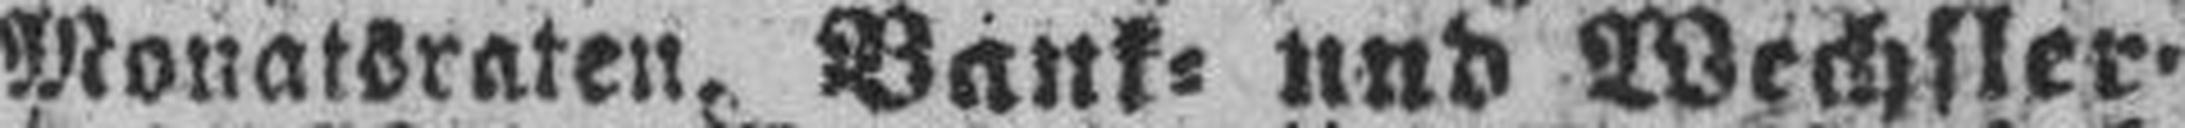
Monatsraten, Bank= und Wechsler¬